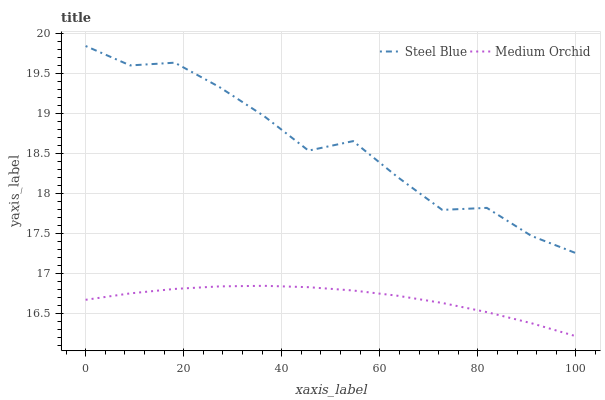
| xaxis_label | Steel Blue | Medium Orchid |
 | --- | --- | --- |
 | 0 | 19.8 | 16.7 |
 | 9.09 | 19.6 | 16.8 |
 | 18.2 | 19.6 | 16.8 |
 | 27.3 | 19.3 | 16.8 |
 | 36.4 | 19 | 16.8 |
 | 45.5 | 18.5 | 16.8 |
 | 54.5 | 18.7 | 16.8 |
 | 63.6 | 18.2 | 16.7 |
 | 72.7 | 17.8 | 16.6 |
 | 81.8 | 17.8 | 16.5 |
 | 90.9 | 17.5 | 16.4 |
 | 100 | 17.3 | 16.2 |